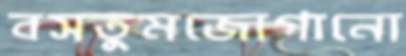
বসতুমজোগানো